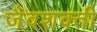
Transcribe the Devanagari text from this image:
जैवशक्ती